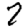
Digit: 2